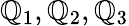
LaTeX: \mathbb{Q}_{1},\mathbb{Q}_{2},\mathbb{Q}_{3}